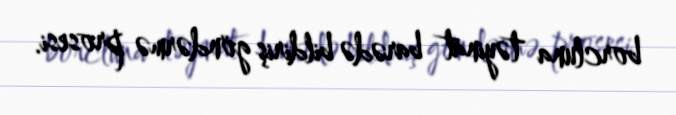
borcluna təyinat barədə bildiriş göndərmə prosesi.